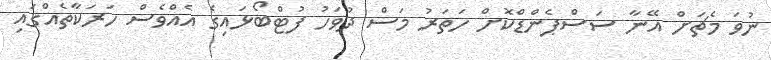
ނުވަ މެޗަށް އޭނާ ސަސްޕެންޑްކޮށް ހަތަރު މަސް ދުވަހު ފުޓްބޯޅައިގެ އެއްވެސް ހަރަކާތެއްގައި